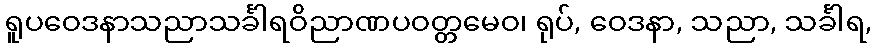
ရူပဝေဒနာသညာသင်္ခါရဝိညာဏပဝတ္တမေဝ၊ ရုပ်, ဝေဒနာ, သညာ, သင်္ခါရ,